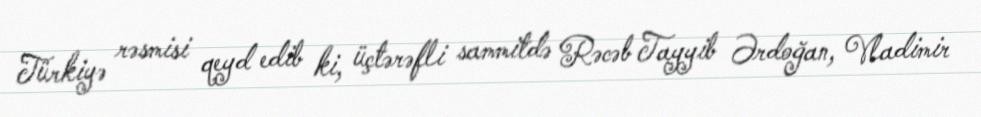
Türkiyə rəsmisi qeyd edib ki, üçtərəfli sammitdə Rəcəb Tayyib Ərdoğan, Vladimir